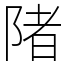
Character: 陼